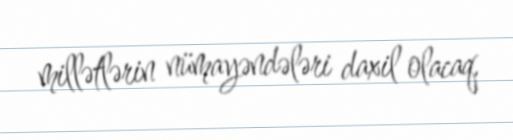
millətlərin nümayəndələri daxil olacaq.